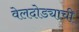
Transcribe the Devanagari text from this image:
वेलदोड्याची